Medical and sanitary report on the native army of Bombay for the year
Year: 1877
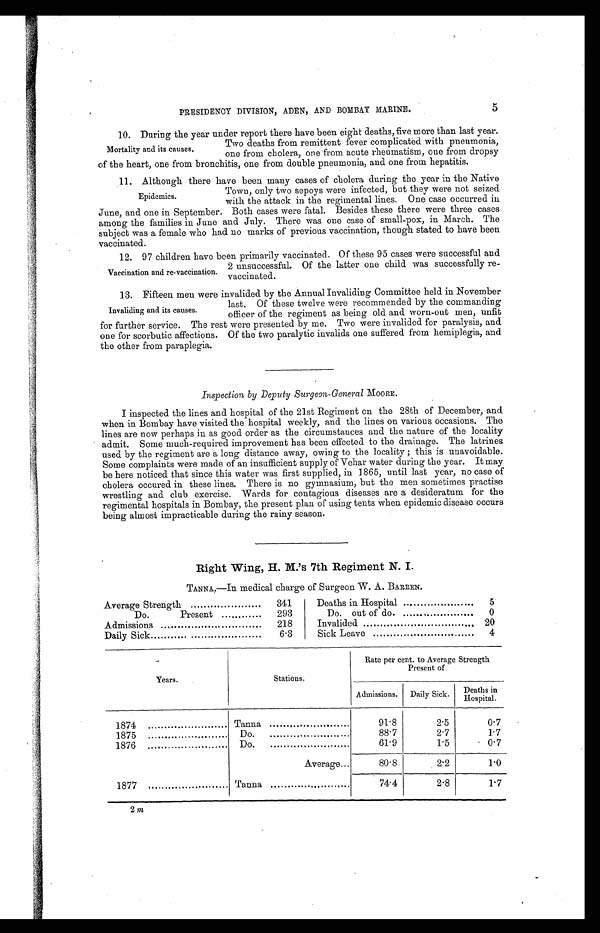
PRESIDENCY DIVISION, ADEN, AND BOMBAY MARINE.
5
1 0 . D u r i n g t h e y e a r u n d e r r e p o r t t h e r e h a v e b e e n e i g h t d e a t h s , f i v e m o r e t h a n l a s t y e a r .
Two deaths from remittent fever complicated with pneumonia,
one from cholera, one from acute rheumatism, one from dropsy
of the heart, one from bronchitis, one from double pneumonia, and one from hepatitis.
11. Although there have been many cases of cholera during the year in the Native
Town, only two sepoys were infected, but they were not seized
with the attack in the regimental lines. One case occurred in
June, and one in September. Both cases were fatal. Besides these there were three cases
among the families in June and July. There was one case of small-pox, in March. The
subject was a female who had no marks of previous vaccination, though stated to have been
vaccinated.
1 2 . 9 7 c h i l d r e n h a v e b e e n p r i m a r i l y v a c c i n a t e d . O f t h e s e 9 5 c a s e s w e r e s u c c e s s f u l a n d
2 unsuccessful. Of the latter one child was successfully re-
vaccinated.
13. Fifteen men were invalided by the Annual Invaliding Committee held in November
last. Of these twelve were recommended by the commanding
officer of the regiment as being old and worn-out men, unfit
for further service. The rest were presented by me. Two were invalided for paralysis, and
one for scorbutic affections. Of the two paralytic invalids one suffered from hemiplegia, and
the other from paraplegia.
Inspection by Deputy Surgeon-General MOORE.
I inspected the lines and hospital of the 21st Regiment on the 28th of December, and
when in Bombay have visited the hospital weekly, and the lines on various occasions. The
lines are now perhaps in as good order as the circumstances and the nature of the locality
admit. Some much-required improvement has been effected to the drainage. The latrines
used by the regiment are a long distance away, owing to the locality ; this is unavoidable.
Some complaints were made of an insufficient supply of Vehar water during the year. It may
be here noticed that since this water was first supplied, in 1865, until last year, no case of
cholera occured in these lines. There is no gymnasium, but the men sometimes practise
wrestling and club exercise. Wards for contagious diseases are a desideratum for the
regimental hospitals in Bombay, the present plan of using tents when epidemic disease occurs
being almost impracticable during the rainy season.
Right Wing, H. M. 's 7th Regiment N. I.
TANNA.—In medical charge of Surgeon W. A. BARREN.
Average Strength
341
Deaths in Hospital
5
Do.
Present
293
Do.out of do.
0
Admissions
218
Invalided
20
Daily Sick
6.3
Sick Leave
4
Years.
Stations.
Rate per cent. to Average Strength
Present of
Admissions. Daily Sick.
Deaths in
H o s p i t a l .
1874
Tanna
91.8
2.5
0.7
1875
Do.
88.7
2.7
1.7
1876
Do.
61.9
1.5
0.7
Average
80.8
2.2
1.0
1877
Tanna
74.4
2.8
1.7
Mortality and its causes.
Epidemics.
Vaccination and re-vaccination.
Invaliding and its causes.
2 m